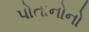
પોતાનોનો